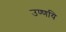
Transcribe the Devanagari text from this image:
उण्णयि